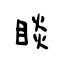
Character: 睒